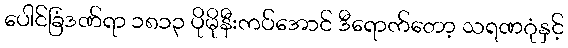
ပေါင်ခြံဒဏ်ရာ ၁၈၁၃ ပိုမိုနီးကပ်အောင် ဒီရောက်တော့ သရဏဂုံနှင့်